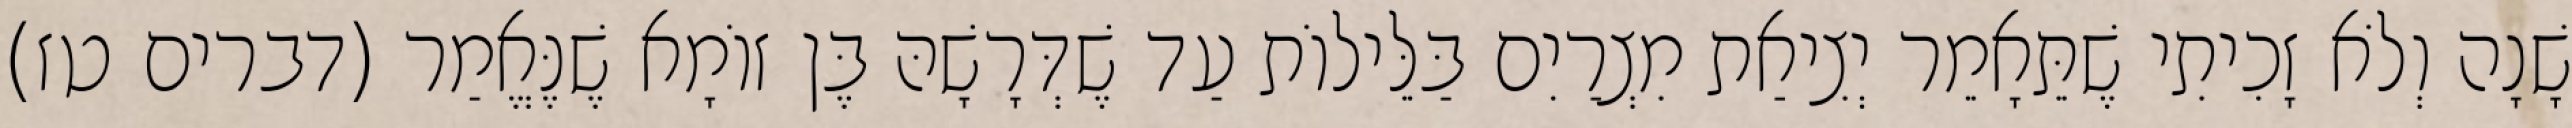
שָׁנָה וְלֹא זָכִיתִי שֶׁתֵּאָמֵר יְצִיאַת מִצְרַיִם בַּלֵּילוֹת עַד שֶׁדְּרָשָׁהּ בֶּן זוֹמָא שֶׁנֶּאֱמַר (דברים טז)